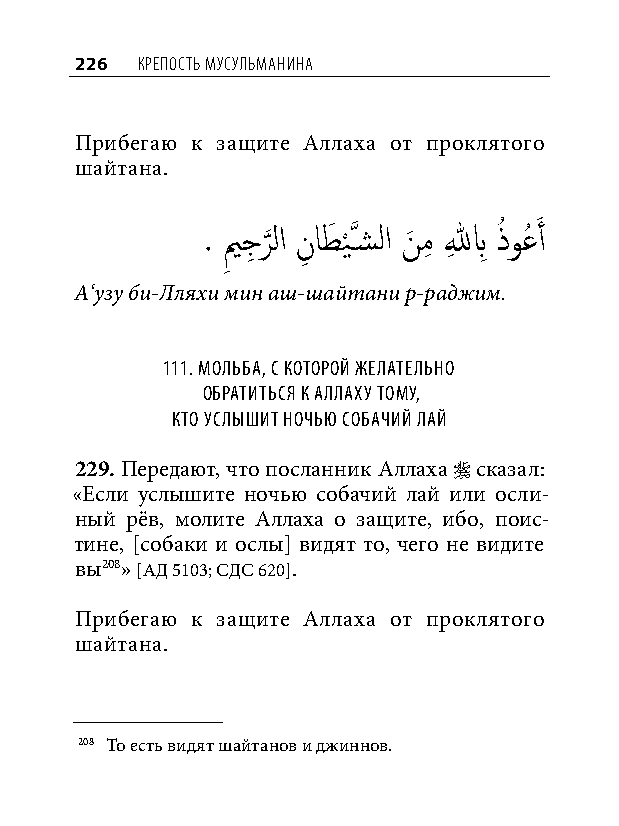
226 КреПость мусульманина
 Прибегаю к защите Аллаха от проклятого
 шайтана.
 . يم
 ِ
 جِ ر
 َّذ
 لا نِ اطَ ي
 ْ
 َّذسشلا نَ مِ للهِ بِ ذُ وعُ َ أ
 А‘узу би-Лляхи мин аш-шайтани р-раджим.
 111. мольба, С которой желательно
 обратитьСя к аллаху тому,
 кто уСлышит ночью Собачий лай
 229. Передают, что посланник Аллаха  сказал:
 «Если услышите ночью собачий лай или осли-
 ный рёв, молите Аллаха о защите, ибо, поис-
 тине, [собаки и ослы] видят то, чего не видите
 вы208» [АД 5103; СДС 620].
 Прибегаю к защите Аллаха от проклятого
 шайтана.
 208 То есть видят шайтанов и джиннов.